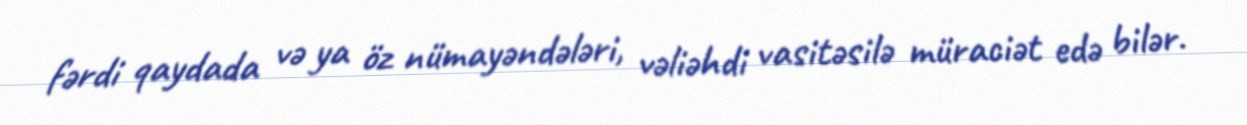
fərdi qaydada və ya öz nümayəndələri, vəliəhdi vasitəsilə müraciət edə bilər.